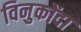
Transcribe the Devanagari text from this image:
विनुकोंदा